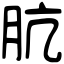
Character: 肮